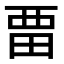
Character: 𭻌